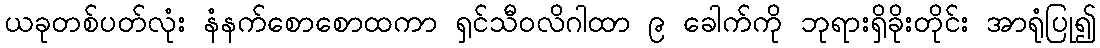
ယခုတစ်ပတ်လုံး နံနက်စောစောထကာ ရှင်သီဝလိဂါထာ ၉ ခေါက်ကို ဘုရားရှိခိုးတိုင်း အာရုံပြု၍